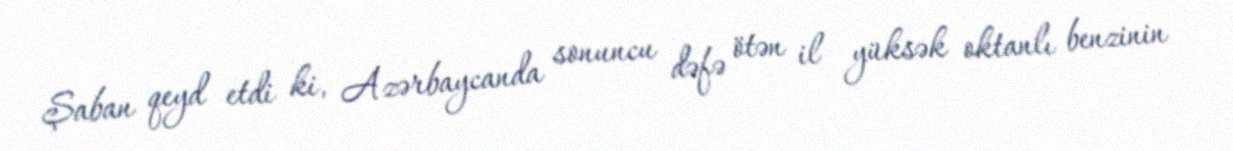
Şaban qeyd etdi ki, Azərbaycanda sonuncu dəfə ötən il yüksək oktanlı benzinin